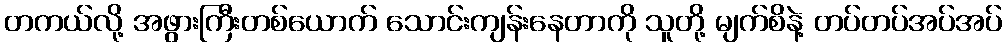
တကယ်လို့ အဖွားကြီးတစ်ယောက် သောင်းကျန်းနေတာကို သူတို့ မျက်စိနဲ့ တပ်တပ်အပ်အပ်